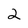
Character: 2